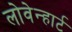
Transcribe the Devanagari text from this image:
लोवेन्हार्ट